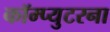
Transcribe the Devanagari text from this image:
कॉम्प्युटरना